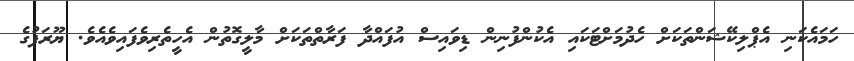
ހަމައެކަނި އެޕްލިކޭޝަންތަކަށް ހެދުމަށްޓަކައި އެކުންފުނިން ޑިވައިސް އުފައްދާ ފަރާތްތަކަށް މާލީގޮތުން އެހީތެރިވެފައިވެއެވެ. ޔޫރަޕުގެ